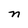
Character: n